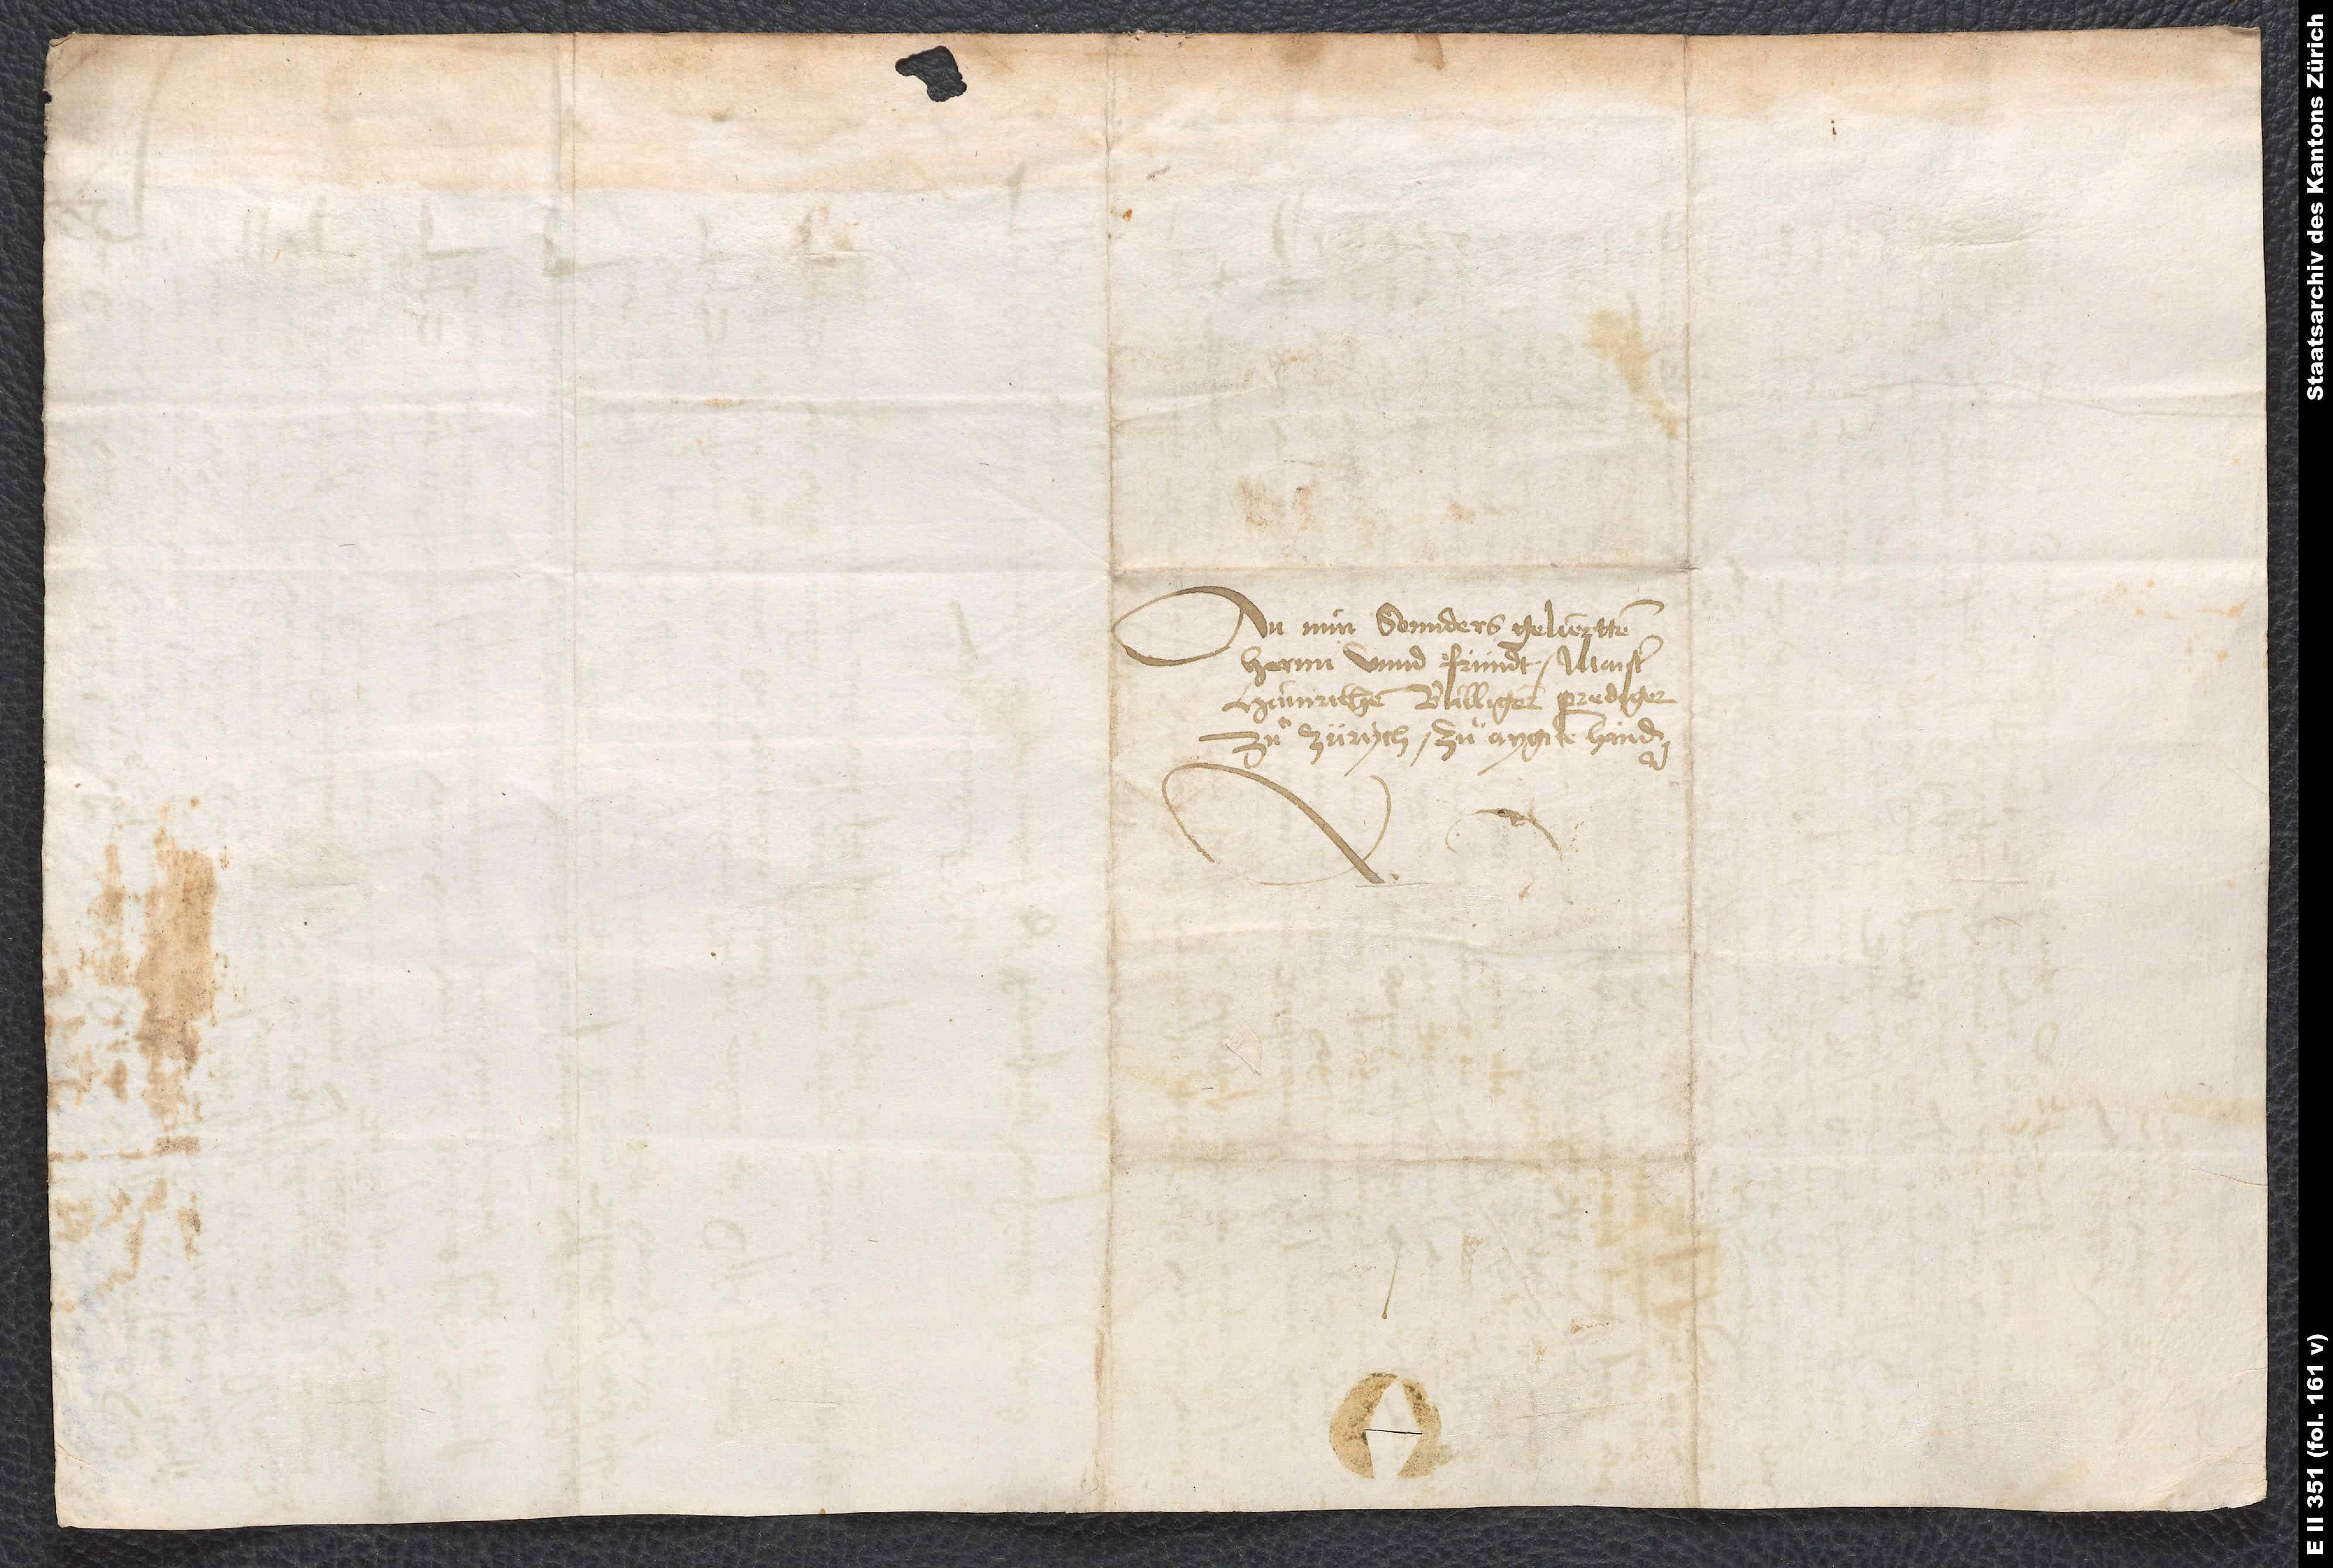
An min sonnders gelieptten
hernn unnd fründt Maister
Hainrichen Bulliger, prediger
zuͦ Zürych, zuͦ aygnen handen.